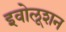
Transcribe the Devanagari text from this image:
इवोलूशन